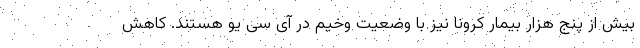
بیش از پنج هزار بیمار کرونا نیز با وضعیت وخیم در آی سی یو هستند. کاهش